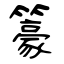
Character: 籇